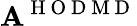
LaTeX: \mathbf A^{\mathrm{~H~O~D~M~D~}}